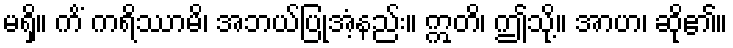
မရှိ။ ကိံ ကရိဿာမိ၊ အဘယ်ပြုအံ့နည်း။ ဣတိ၊ ဤသို့။ အာဟ၊ ဆို၏။